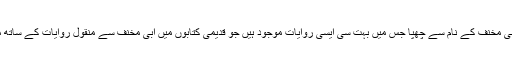
آخری دہائیوں میں مقتل ابی مخنف کے نام سے چھپا جس میں بہت سی ایسی روایات موجود ہیں جو قدیمی کتابوں میں ابی مخنف سے منقول روایات کے ساتھ مطابقت نہیں رکھتی ہیں ۔